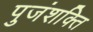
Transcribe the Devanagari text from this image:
पुजंशक्ति